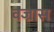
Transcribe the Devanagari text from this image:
वज्रास